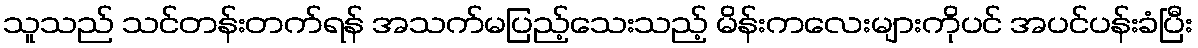
သူသည် သင်တန်းတက်ရန် အသက်မပြည့်သေးသည့် မိန်းကလေးများကိုပင် အပင်ပန်းခံပြီး